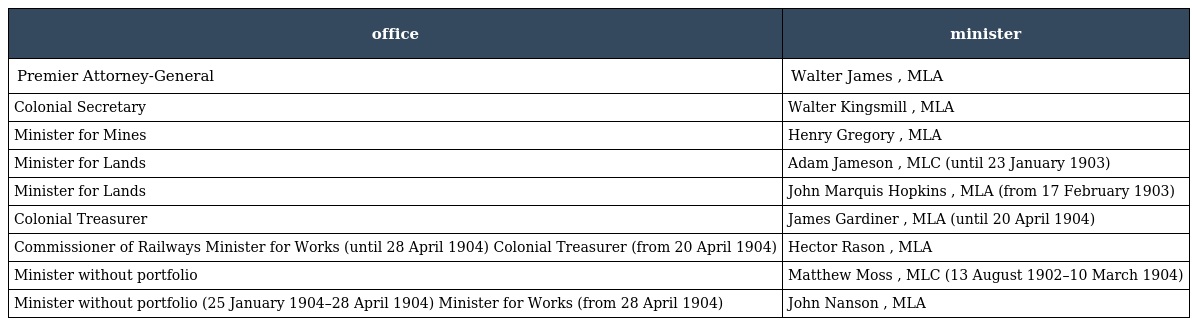
| office | minister |
 | --- | --- |
 | Premier Attorney-General | Walter James , MLA |
 | Colonial Secretary | Walter Kingsmill , MLA |
 | Minister for Mines | Henry Gregory , MLA |
 | Minister for Lands | Adam Jameson , MLC (until 23 January 1903) |
 | Minister for Lands | John Marquis Hopkins , MLA (from 17 February 1903) |
 | Colonial Treasurer | James Gardiner , MLA (until 20 April 1904) |
 | Commissioner of Railways Minister for Works (until 28 April 1904) Colonial Treasurer (from 20 April 1904) | Hector Rason , MLA |
 | Minister without portfolio | Matthew Moss , MLC (13 August 1902–10 March 1904) |
 | Minister without portfolio (25 January 1904–28 April 1904) Minister for Works (from 28 April 1904) | John Nanson , MLA |